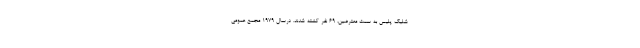
شلیک پلیس به سمت معترضین، 69 نفر کشته شدند. درسال 1979 مجمع عمومی